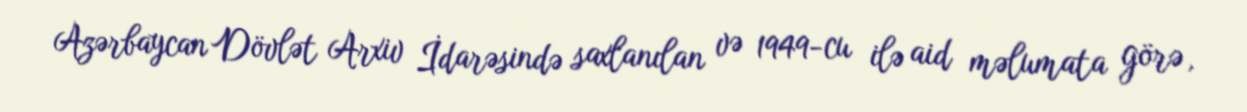
Azərbaycan Dövlət Arxiv İdarəsində saxlanılan və 1949-cu ilə aid məlumata görə,